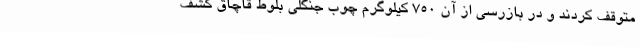
متوقف کردند و در بازرسی از آن 750 کیلوگرم چوب جنگلی بلوط قاچاق کشف